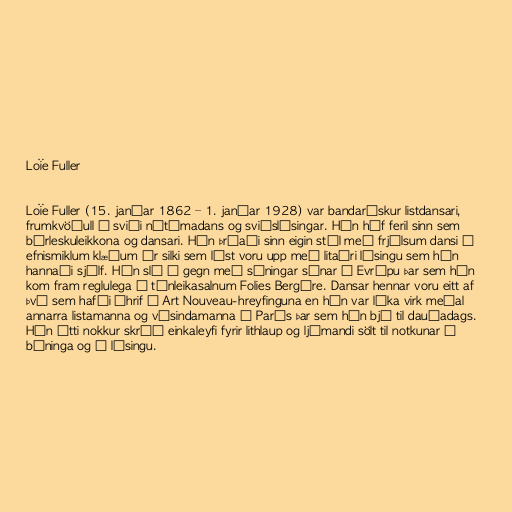
Loïe Fuller

Loïe Fuller (15. janúar 1862 – 1. janúar 1928) var bandarískur listdansari,
frumkvöðull á sviði nútímadans og sviðslýsingar. Hún hóf feril sinn sem
búrleskuleikkona og dansari. Hún þróaði sinn eigin stíl með frjálsum dansi í
efnismiklum klæðum úr silki sem lýst voru upp með litaðri lýsingu sem hún
hannaði sjálf. Hún sló í gegn með sýningar sínar í Evrópu þar sem hún
kom fram reglulega í tónleikasalnum Folies Bergère. Dansar hennar voru eitt af
því sem hafði áhrif á Art Nouveau-hreyfinguna en hún var líka virk meðal
annarra listamanna og vísindamanna í París þar sem hún bjó til dauðadags.
Hún átti nokkur skráð einkaleyfi fyrir lithlaup og ljómandi sölt til notkunar á
búninga og í lýsingu.